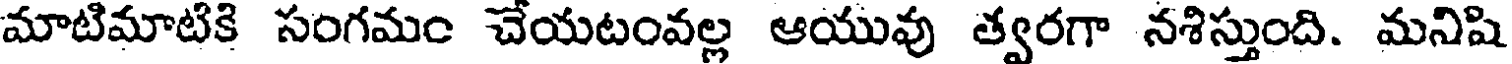
మాటిమాటికి సంగమం చేయటంవల్ల ఆయువు త్వరగా నశిస్తుంది. మనిషి